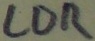
Text: LDR